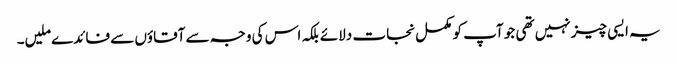
یہ ایسی چیز نہیں تھی جو آپ کو مکمل نجات دلائے بلکہ اس کی وجہ سے آقاؤں سے فائدے ملیں۔